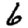
Digit: 6